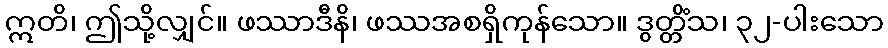
ဣတိ၊ ဤသို့လျှင်။ ဖဿာဒီနိ၊ ဖဿအစရှိကုန်သော။ ဒွတ္တိံသ၊ ၃၂-ပါးသော